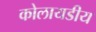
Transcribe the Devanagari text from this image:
कोलायडीय